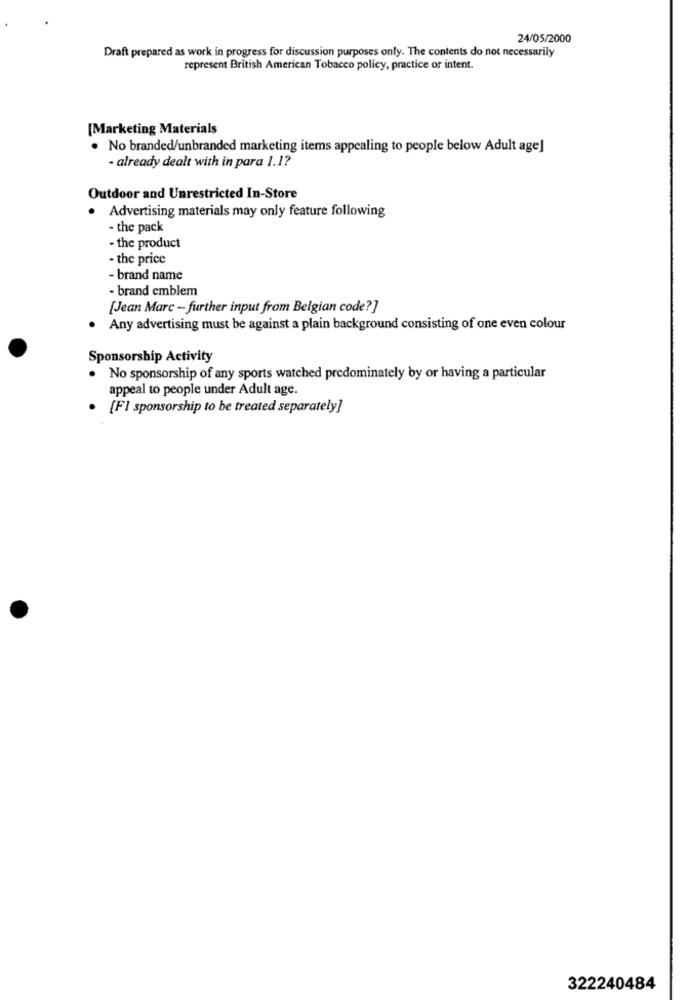
24/05/2000
Draft prepared as work in progress for discussion purposes only. The contents do not necessarily
represent British American Tobacco policy, practice or intent.
[Marketing Materials
· No branded/unbranded marketing items appealing to people below Adult age]
· already dealt with in para 1.1?
Outdoor and Unrestricted In-Store
Advertising materials may only feature following
.
- the pack
- the product
- the price
- brand name
- brand emblem
[Jean Marc - further input from Belgian code?]
Any advertising must be against a plain background consisting of one even colour
Sponsorship Activity
. No sponsorship of any sports watched predominately by or having a particular
appeal to people under Adult age.
· [Fl sponsorship to be treated separately]
322240484